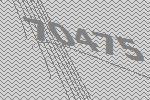
70475